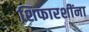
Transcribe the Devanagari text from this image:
शिफारशींना